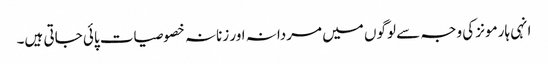
انہی ہارمونز کی وجہ سے لوگوں میں مردانہ اور زنانہ خصوصیات پائی جاتی ہیں۔